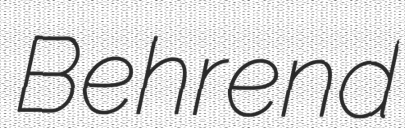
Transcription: Behrend